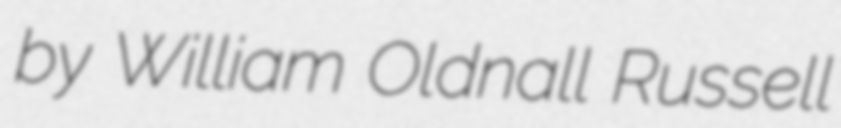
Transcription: by William Oldnall Russell